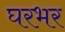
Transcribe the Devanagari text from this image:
घरभर